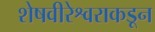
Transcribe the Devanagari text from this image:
शेषवीरेश्वराकडून